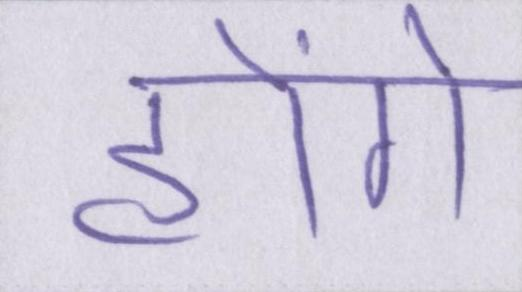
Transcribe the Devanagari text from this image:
होंगे